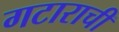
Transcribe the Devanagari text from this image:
गटाराची